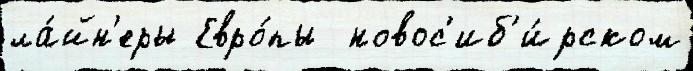
ла́йн'еры Евро́пы  новос'иб'и́рском